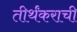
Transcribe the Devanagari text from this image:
तीर्थंकराची